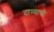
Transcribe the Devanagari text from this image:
दाण्याची